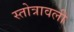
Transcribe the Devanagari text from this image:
स्तोत्रावली